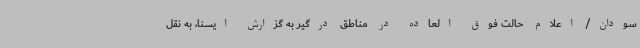
سودان/ اعلام حالت فوق العاده در مناطق درگیر به گزارش ایسنا، به نقل